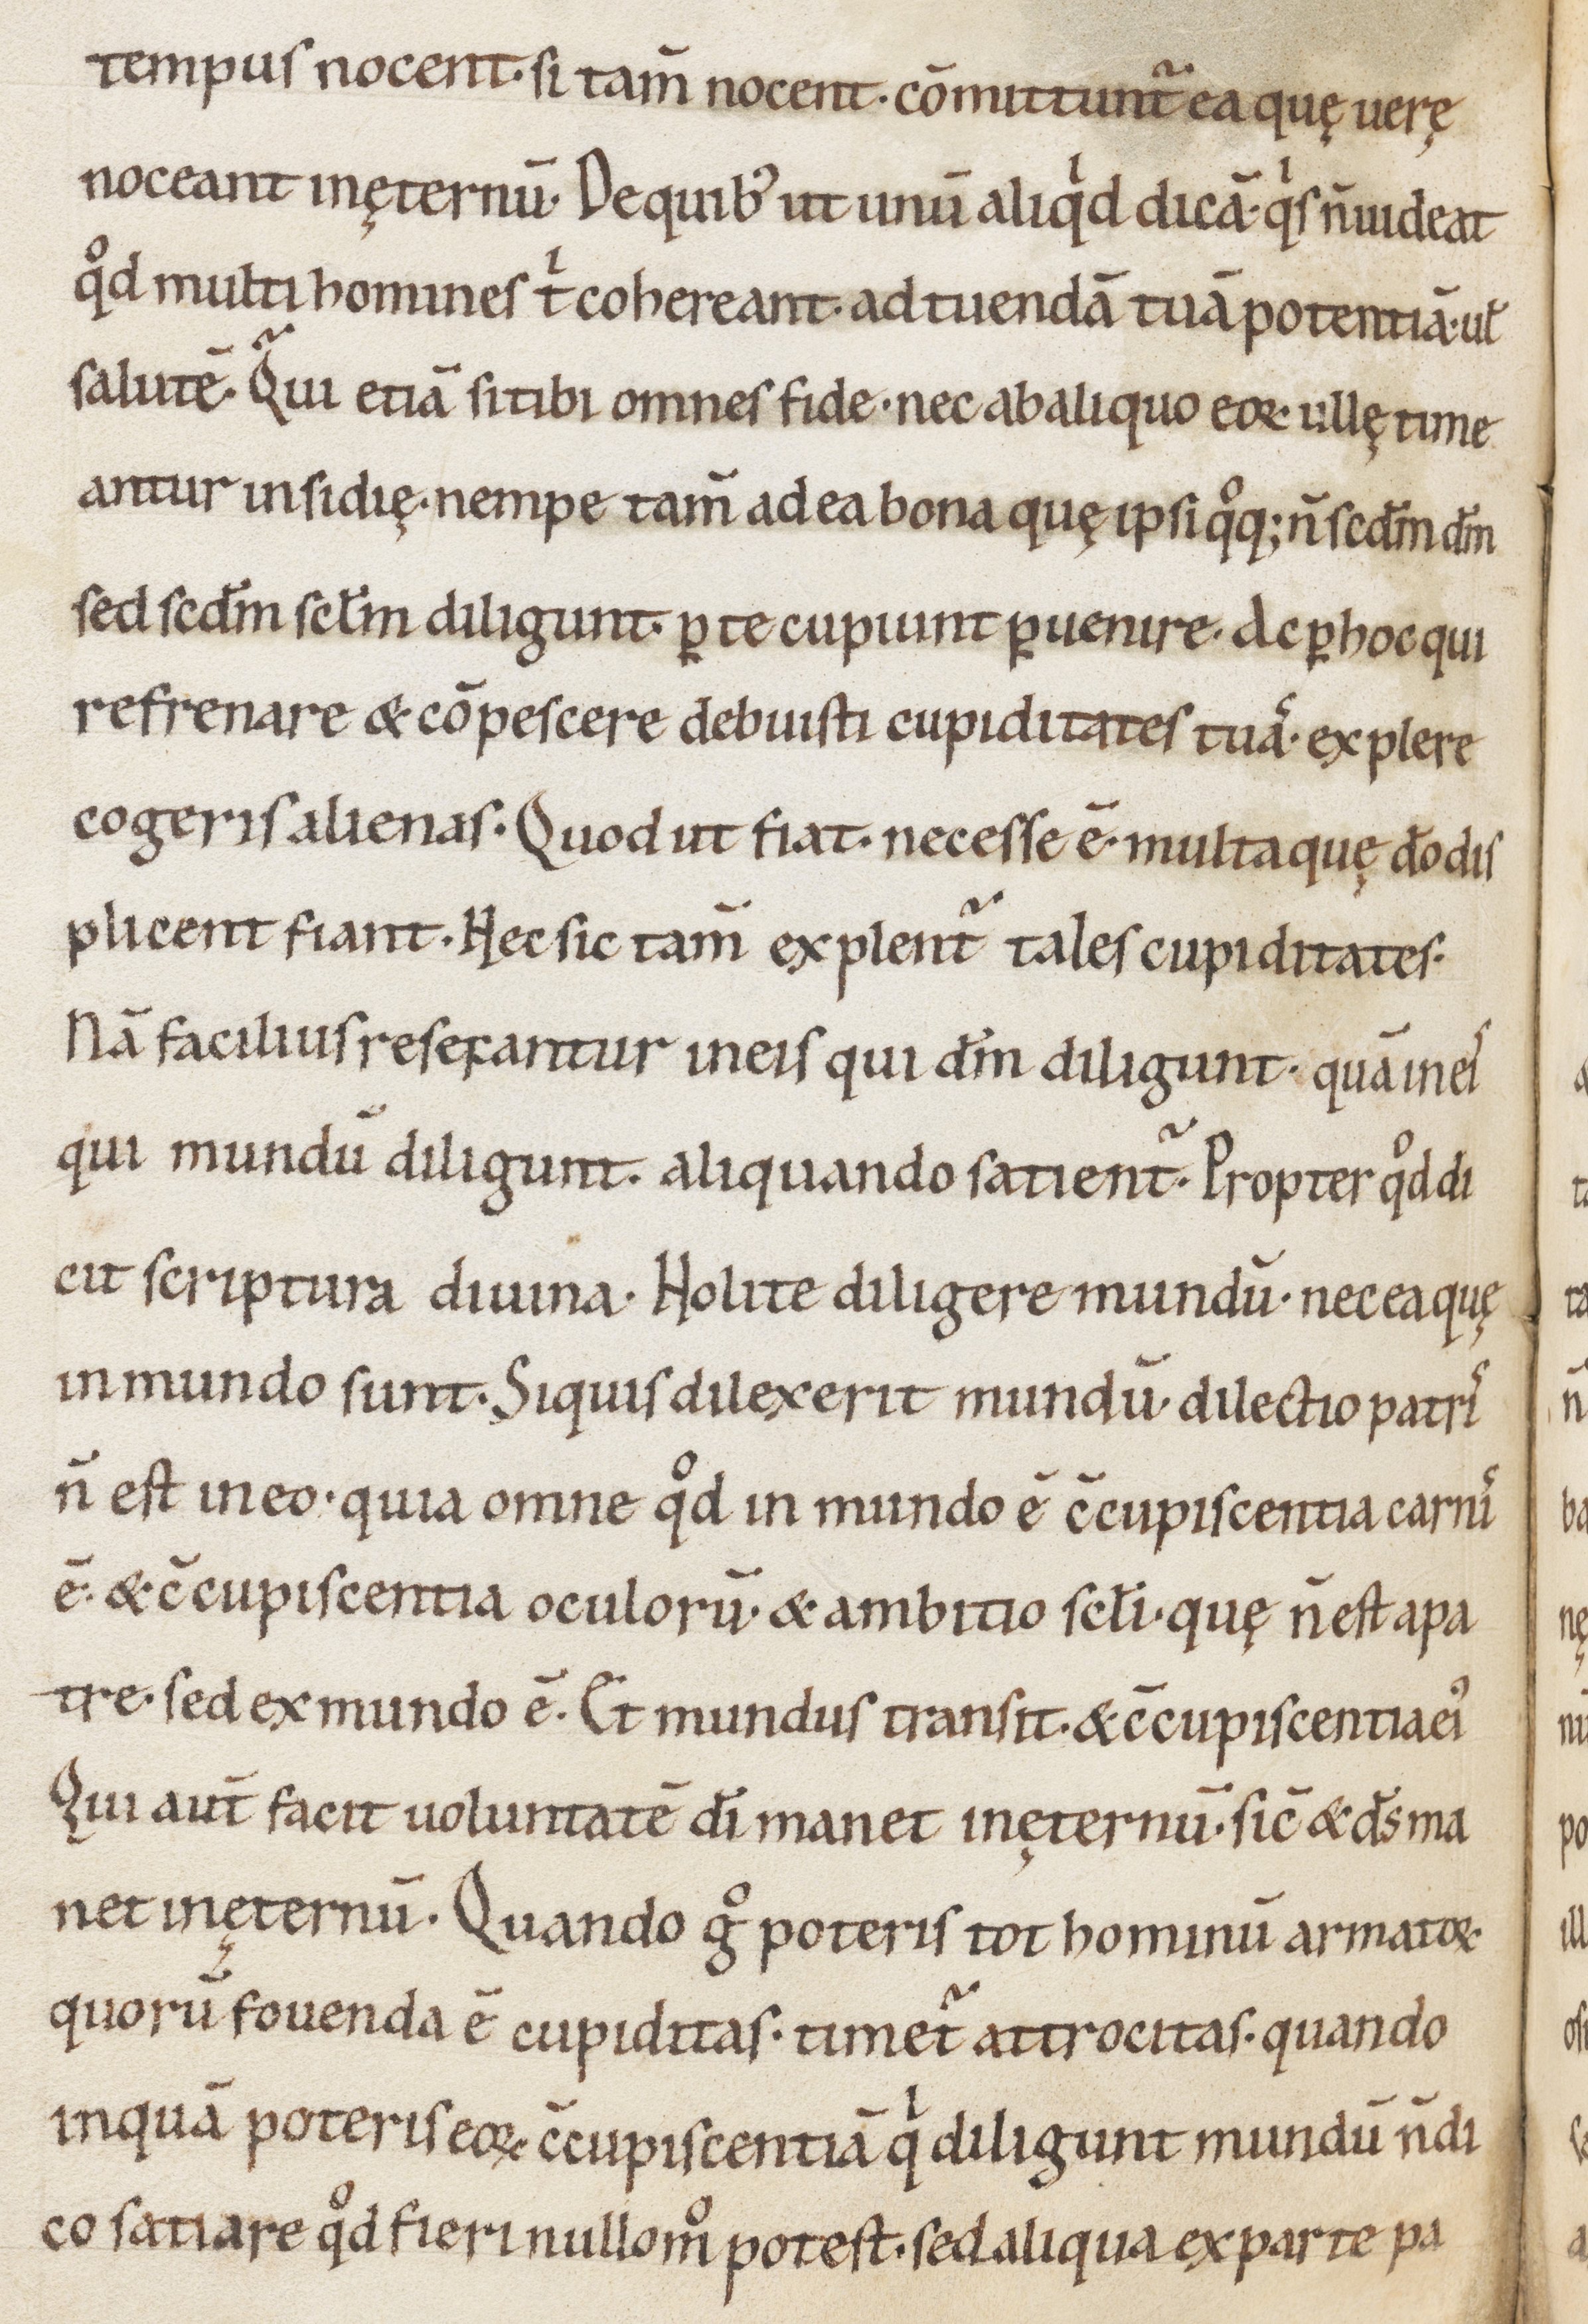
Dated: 1000–1099